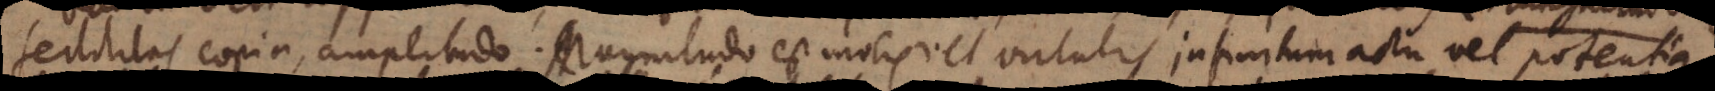
fertilitas, copia, amplitudo. Magnitudo est molis vel virtutis, infinitum actu vel potentia).